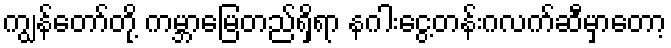
ကျွန်တော်တို့ ကမ္ဘာမြေတည်ရှိရာ နဂါးငွေ့တန်းဂလက်ဆီမှာတော့